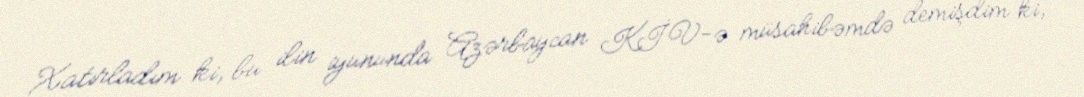
Xatırladım ki, bu ilin iyununda Azərbaycan KİV-ə müsahibəmdə demişdim ki,